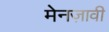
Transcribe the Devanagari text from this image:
मेनज़ावी